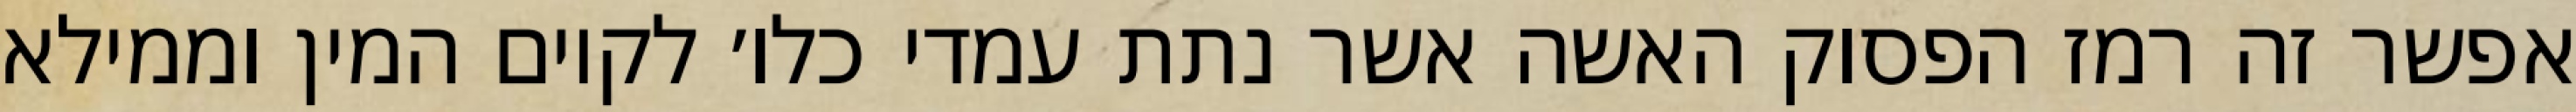
אפשר זה רמז הפסוק האשה אשר נתת עמדי כלו׳ לקיום המין וממילא